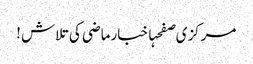
مرکزی صفحہاخبارماضی کی تلاش !